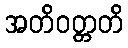
အတိဝတ္တတိ